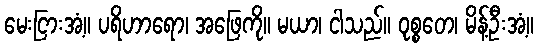
မေးငြားအံ့။ ပရိဟာရော၊ အဖြေကို။ မယာ၊ ငါသည်။ ဝုစ္စတေ၊ မိန့်ဦးအံ့။